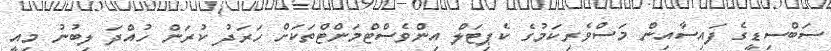
ސަބްސިޑީގެ ފައިސާއިން މަސްވެރިކަމުގެ ކެޕިޓަލް އިންވެސްޓްމަންޓްތަކަށް ހަރަދު ކުރަން ހުއްދަ ލިބުނު މިއީ